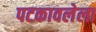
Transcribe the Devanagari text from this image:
पटकावलेला